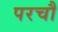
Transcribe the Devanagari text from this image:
परचौ